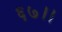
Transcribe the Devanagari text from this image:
६७।।